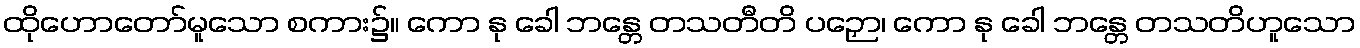
ထိုဟောတော်မူသော စကား၌။ ကော နု ခေါ ဘန္တေ တသတီတိ ပဉှော၊ ကော နု ခေါ ဘန္တေ တသတိဟူသော